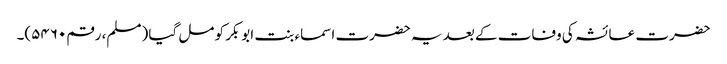
حضرت عائشہ کی وفات کے بعد یہ حضرت اسماء بنت ابوبکر کو مل گیا (مسلم، رقم۵۴۶۰)۔